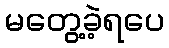
မတွေ့ခဲ့ရပေ